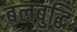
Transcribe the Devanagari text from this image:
बलबुद्धि